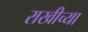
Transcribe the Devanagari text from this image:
राखीच्या